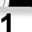
Digit: 1